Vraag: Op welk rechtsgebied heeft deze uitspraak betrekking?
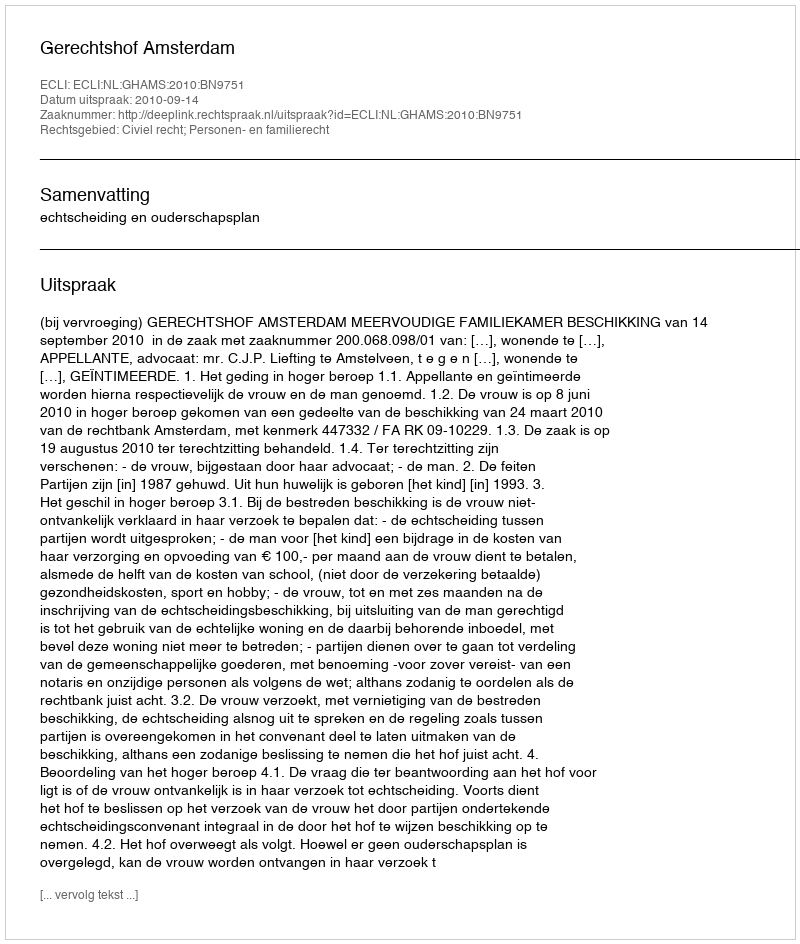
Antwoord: Civiel recht; Personen- en familierecht